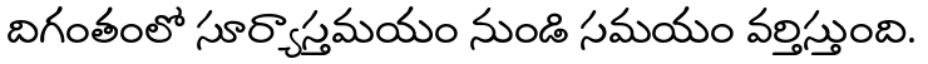
దిగంతంలో సూర్యాస్తమయం నుండి సమయం వర్తిస్తుంది.